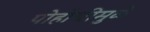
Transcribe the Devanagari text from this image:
पोहोचीमुळे